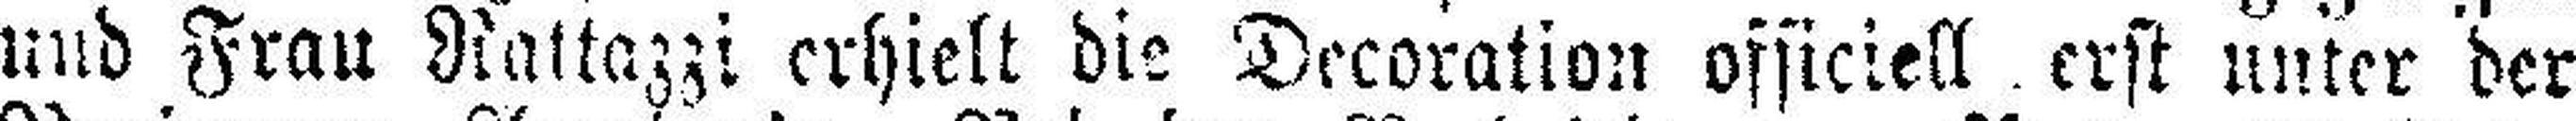
und Frau Rattazzi erhielt die Decoration officiell erst unter der